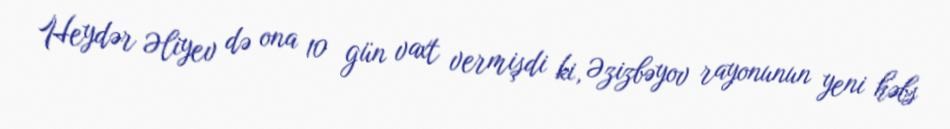
Heydər Əliyev də ona 10 gün vaxt vermişdi ki, Əzizbəyov rayonunun yeni həbs